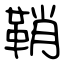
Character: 鞘